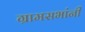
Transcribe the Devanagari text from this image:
ग्रामसभांनी